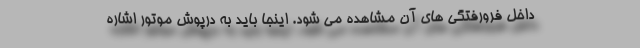
داخل فرورفتگی های آن مشاهده می شود. اینجا باید به درپوش موتور اشاره